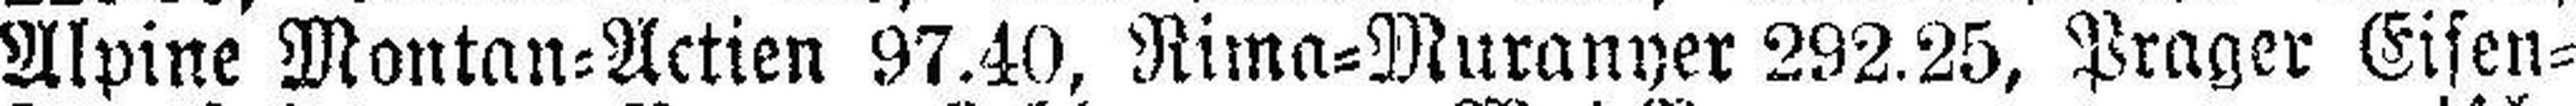
Alpine Montan=Actien 97.40, Rima=Muranyer 292.25, Prager Eisen=